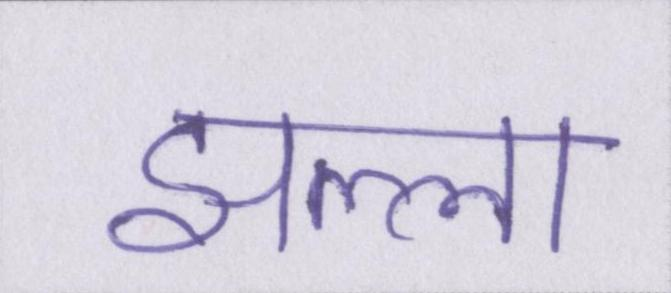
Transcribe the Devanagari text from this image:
झल्ला